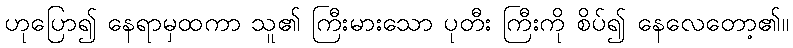
ဟုပြော၍ နေရာမှထကာ သူ၏ ကြီးမားသော ပုတီး ကြီးကို စိပ်၍ နေလေတော့၏။